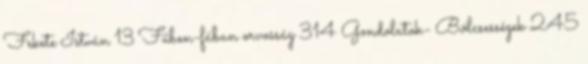
Fekete István 13 Fűben-fában orvosság 314 Gondolatok- Bölcsességek 245